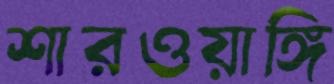
শারওয়াঙ্গি